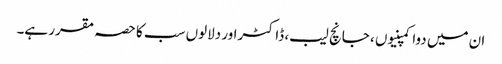
ان میں دوا کمپنیوں ، جانچ لیب، ڈاکٹراور دلالوں سب کا حصہ مقرر ہے۔